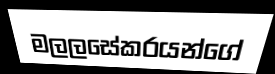
මලලසේකරයන්ගේ